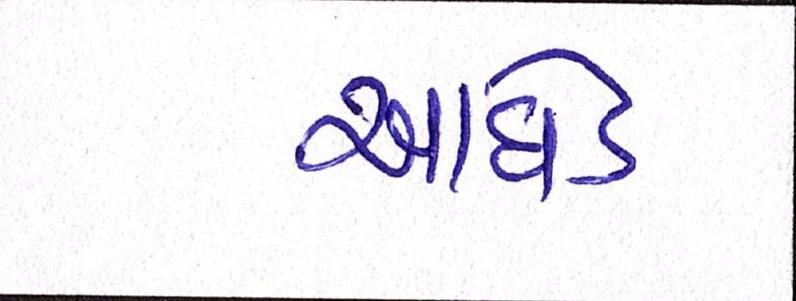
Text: આધેડ